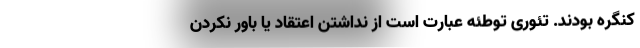
کنگره بودند. تئوری توطئه عبارت‌ است از نداشتن اعتقاد یا باور نکردن